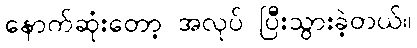
နောက်ဆုံးတော့ အလုပ် ပြီးသွားခဲ့တယ်။